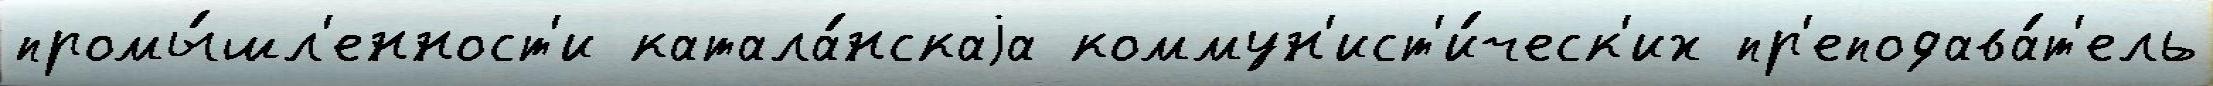
промы́шл'енност'и катала́нскаjа коммун'ист'и́ческ'их пр'еподава́т'ель